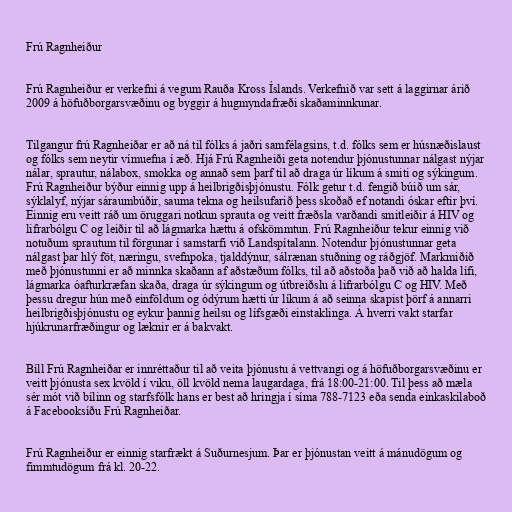
Frú Ragnheiður

Frú Ragnheiður er verkefni á vegum Rauða Kross Íslands. Verkefnið var sett á laggirnar árið
2009 á höfuðborgarsvæðinu og byggir á hugmyndafræði skaðaminnkunar.

Tilgangur frú Ragnheiðar er að ná til fólks á jaðri samfélagsins, t.d. fólks sem er húsnæðislaust
og fólks sem neytir vímuefna í æð. Hjá Frú Ragnheiði geta notendur þjónustunnar nálgast nýjar
nálar, sprautur, nálabox, smokka og annað sem þarf til að draga úr líkum á smiti og sýkingum.
Frú Ragnheiður býður einnig upp á heilbrigðisþjónustu. Fólk getur t.d. fengið búið um sár,
sýklalyf, nýjar sáraumbúðir, sauma tekna og heilsufarið þess skoðað ef notandi óskar eftir því.
Einnig eru veitt ráð um öruggari notkun sprauta og veitt fræðsla varðandi smitleiðir á HIV og
lifrarbólgu C og leiðir til að lágmarka hættu á ofskömmtun. Frú Ragnheiður tekur einnig við
notuðum sprautum til förgunar í samstarfi við Landspítalann. Notendur þjónustunnar geta
nálgast þar hlý föt, næringu, svefnpoka, tjalddýnur, sálrænan stuðning og ráðgjöf. Markmiðið
með þjónustunni er að minnka skaðann af aðstæðum fólks, til að aðstoða það við að halda lífi,
lágmarka óafturkræfan skaða, draga úr sýkingum og útbreiðslu á lifrarbólgu C og HIV. Með
þessu dregur hún með einföldum og ódýrum hætti úr líkum á að seinna skapist þörf á annarri
heilbrigðisþjónustu og eykur þannig heilsu og lífsgæði einstaklinga. Á hverri vakt starfar
hjúkrunarfræðingur og læknir er á bakvakt.

Bíll Frú Ragnheiðar er innréttaður til að veita þjónustu á vettvangi og á höfuðborgarsvæðinu er
veitt þjónusta sex kvöld í viku, öll kvöld nema laugardaga, frá 18:00-21:00. Til þess að mæla
sér mót við bílinn og starfsfólk hans er best að hringja í síma 788-7123 eða senda einkaskilaboð
á Facebooksíðu Frú Ragnheiðar.

Frú Ragnheiður er einnig starfrækt á Suðurnesjum. Þar er þjónustan veitt á mánudögum og
fimmtudögum frá kl. 20-22.